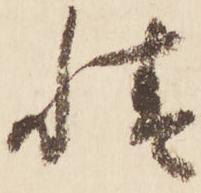
情